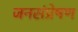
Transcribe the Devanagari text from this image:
जनसंप्रेषण